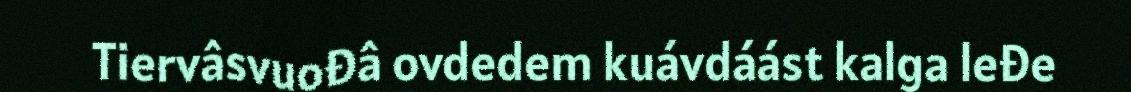
Tiervâsvuođâ ovdedem kuávdáást kalga leđe